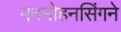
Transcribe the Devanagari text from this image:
मनमोहनसिंगने